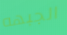
الجبهه